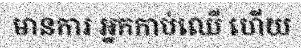
មានការ អ្នកកាប់ឈើ ហើយ